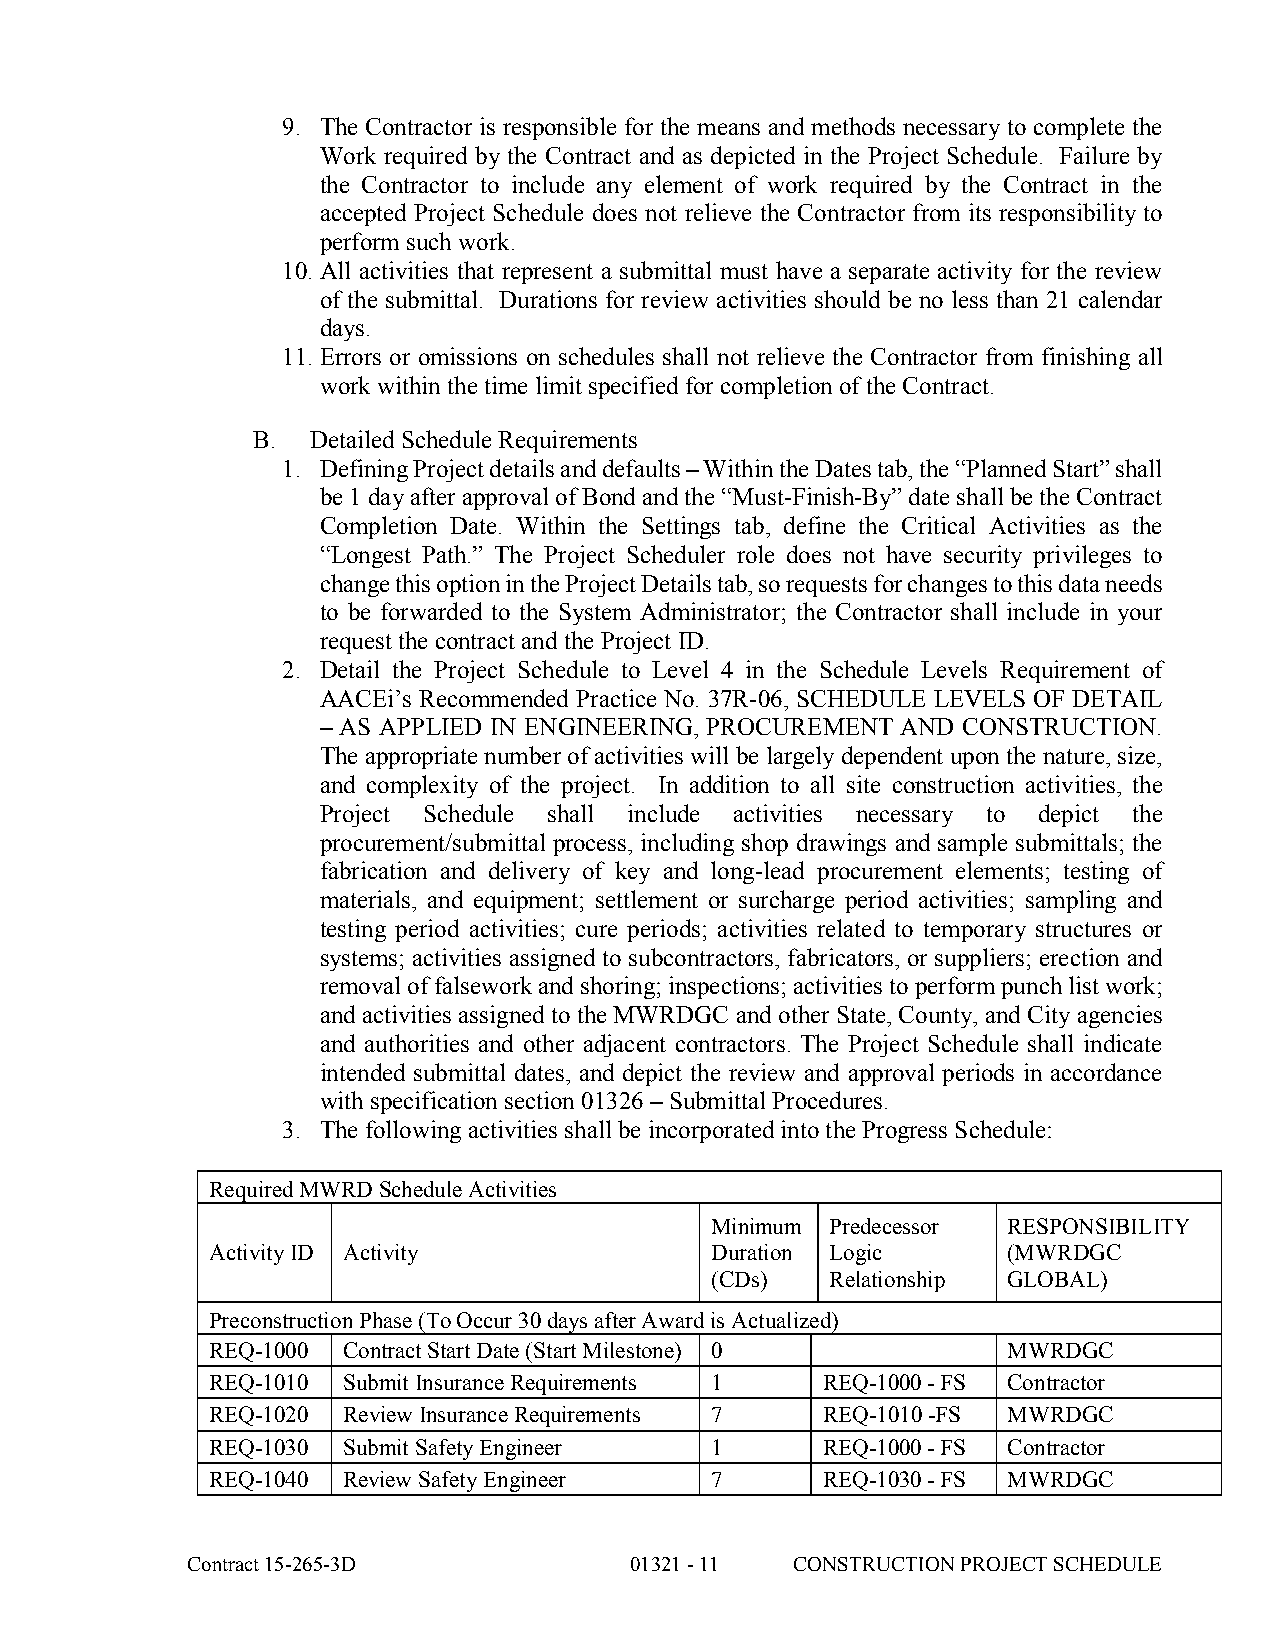
9. The Contractor is responsible for the means and methods necessary to complete the
 Work required by the Contract and as depicted in the Project Schedule. Failure by
 the Contractor to include any element of work required by the Contract in the
 accepted Project Schedule does not relieve the Contractor from its responsibility to
 perform such work.
 10. All activities that represent a submittal must have a separate activity for the review
 of the submittal. Durations for review activities should be no less than 21 calendar
 days.
 11. Errors or omissions on schedules shall not relieve the Contractor from finishing all
 work within the time limit specified for completion of the Contract.
 B.  Detailed Schedule Requirements
 1. Defining Project details and defaults – Within the Dates tab, the “Planned Start” shall
 be 1 day after approval of Bond and the “Must-Finish-By” date shall be the Contract
 Completion Date. Within the Settings tab, define the Critical Activities as the
 “Longest Path.” The Project Scheduler role does not have security privileges to
 change this option in the Project Details tab, so requests for changes to this data needs
 to be forwarded to the System Administrator; the Contractor shall include in your
 request the contract and the Project ID.
 2. Detail the Project Schedule to Level 4 in the Schedule Levels Requirement of
 AACEi’s Recommended Practice No. 37R-06, SCHEDULE LEVELS OF DETAIL
 – AS APPLIED IN ENGINEERING, PROCUREMENT AND CONSTRUCTION.
 The appropriate number of activities will be largely dependent upon the nature, size,
 and complexity of the project. In addition to all site construction activities, the
 Project Schedule shall include activities necessary to depict the
 procurement/submittal process, including shop drawings and sample submittals; the
 fabrication and delivery of key and long-lead procurement elements; testing of
 materials, and equipment; settlement or surcharge period activities; sampling and
 testing period activities; cure periods; activities related to temporary structures or
 systems; activities assigned to subcontractors, fabricators, or suppliers; erection and
 removal of falsework and shoring; inspections; activities to perform punch list work;
 and activities assigned to the MWRDGC and other State, County, and City agencies
 and authorities and other adjacent contractors. The Project Schedule shall indicate
 intended submittal dates, and depict the review and approval periods in accordance
 with specification section 01326 – Submittal Procedures.
 3. The following activities shall be incorporated into the Progress Schedule:
 Required MWRD Schedule Activities
 Minimum Predecessor RESPONSIBILITY
 Activity ID Activity             Duration Logic      (MWRDGC
 (CDs)   Relationship GLOBAL)
 Preconstruction Phase (To Occur 30 days after Award is Actualized)
 REQ-1000 Contract Start Date (Start Milestone) 0     MWRDGC
 REQ-1010 Submit Insurance Requirements 1 REQ-1000 - FS Contractor
 REQ-1020 Review Insurance Requirements 7 REQ-1010 -FS MWRDGC
 REQ-1030 Submit Safety Engineer  1      REQ-1000 - FS Contractor
 REQ-1040 Review Safety Engineer  7      REQ-1030 - FS MWRDGC
 Contract 15-265-3D            01321 - 11 CONSTRUCTION PROJECT SCHEDULE